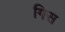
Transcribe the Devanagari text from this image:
गिस